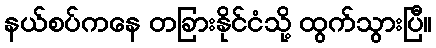
နယ်စပ်ကနေ တခြားနိုင်ငံသို့ ထွက်သွားပြီ။